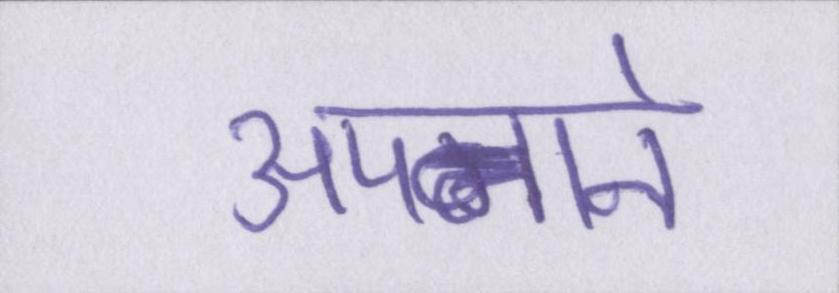
अपनाने